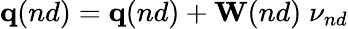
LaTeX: \mathbf{q}(nd)=\mathbf{q}(nd)+\mathbf{W}(nd)\; \nu_{nd}